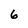
Character: 6